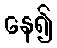
နေ၍